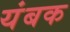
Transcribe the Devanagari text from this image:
यंबक